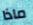
ماذا